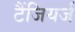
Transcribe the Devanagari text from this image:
टैंजियर्ज